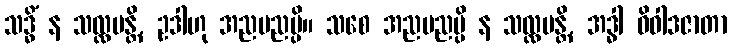
သဒ္ဓိံ န သလ္လပန္တိ, ဥဒါဟု အညမညမ္ပိ။ သစေ အညမညမ္ပိ န သလ္လပန္တိ, အဒ္ဓါ ဝိဝါဒဇာတာ